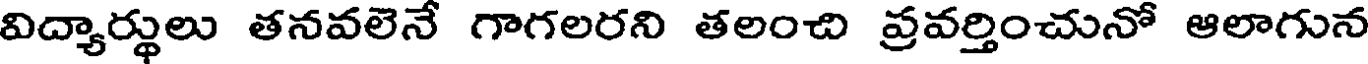
విద్యార్థులు తనవలెనే గాగలరని తలంచి ప్రవర్తించునో ఆలాగున